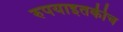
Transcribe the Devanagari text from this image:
रुपयाइतकीच